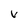
Character: v